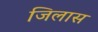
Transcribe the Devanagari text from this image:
जिलास